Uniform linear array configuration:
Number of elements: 24
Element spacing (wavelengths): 0.75
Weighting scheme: uniform
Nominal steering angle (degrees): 15
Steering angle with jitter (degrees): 16.35
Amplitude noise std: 0.05
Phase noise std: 0.05

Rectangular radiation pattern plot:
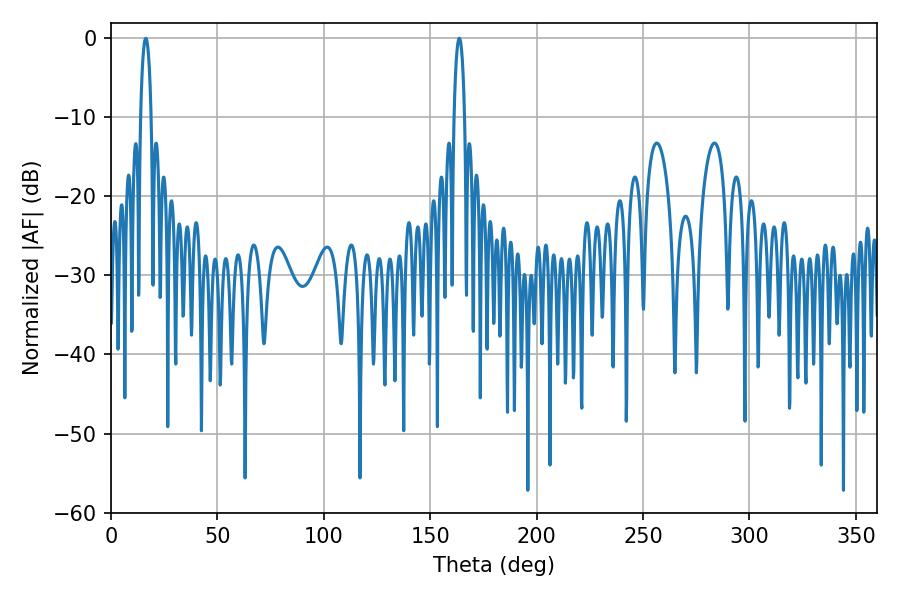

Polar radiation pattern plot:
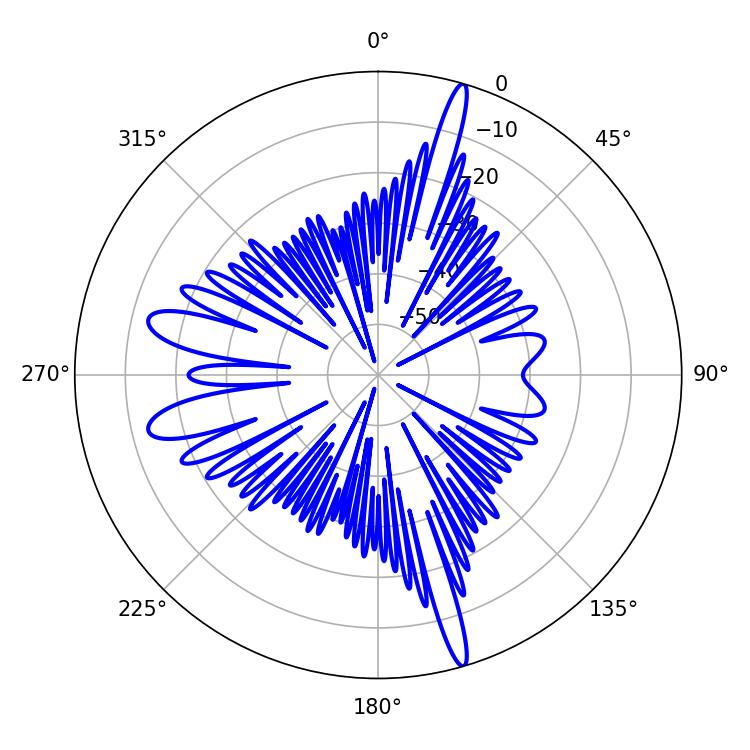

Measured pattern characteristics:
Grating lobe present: TRUE
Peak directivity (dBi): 20.434
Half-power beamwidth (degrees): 2.88
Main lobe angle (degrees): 16.38